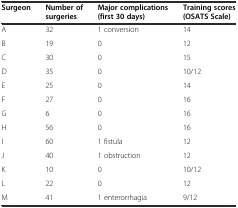
<table><thead><tr><td><b>Surgeon</b></td><td><b>Number of surgeries</b></td><td><b>Major complications (first 30 days)</b></td><td><b>Training scores (OSATS Scale)</b></td></tr></thead><tbody><tr><td>A</td><td>32</td><td>1 conversion</td><td>14</td></tr><tr><td>B</td><td>19</td><td>0</td><td>12</td></tr><tr><td>C</td><td>30</td><td>0</td><td>15</td></tr><tr><td>D</td><td>35</td><td>0</td><td>10/12</td></tr><tr><td>E</td><td>25</td><td>0</td><td>14</td></tr><tr><td>F</td><td>27</td><td>0</td><td>16</td></tr><tr><td>G</td><td>6</td><td>0</td><td>16</td></tr><tr><td>H</td><td>56</td><td>0</td><td>16</td></tr><tr><td>I</td><td>60</td><td>1 fistula</td><td>12</td></tr><tr><td>J</td><td>40</td><td>1 obstruction</td><td>12</td></tr><tr><td>K</td><td>10</td><td>0</td><td>10/12</td></tr><tr><td>L</td><td>22</td><td>0</td><td>12</td></tr><tr><td>M</td><td>41</td><td>1 enterorrhagia</td><td>9/12</td></tr></tbody></table>